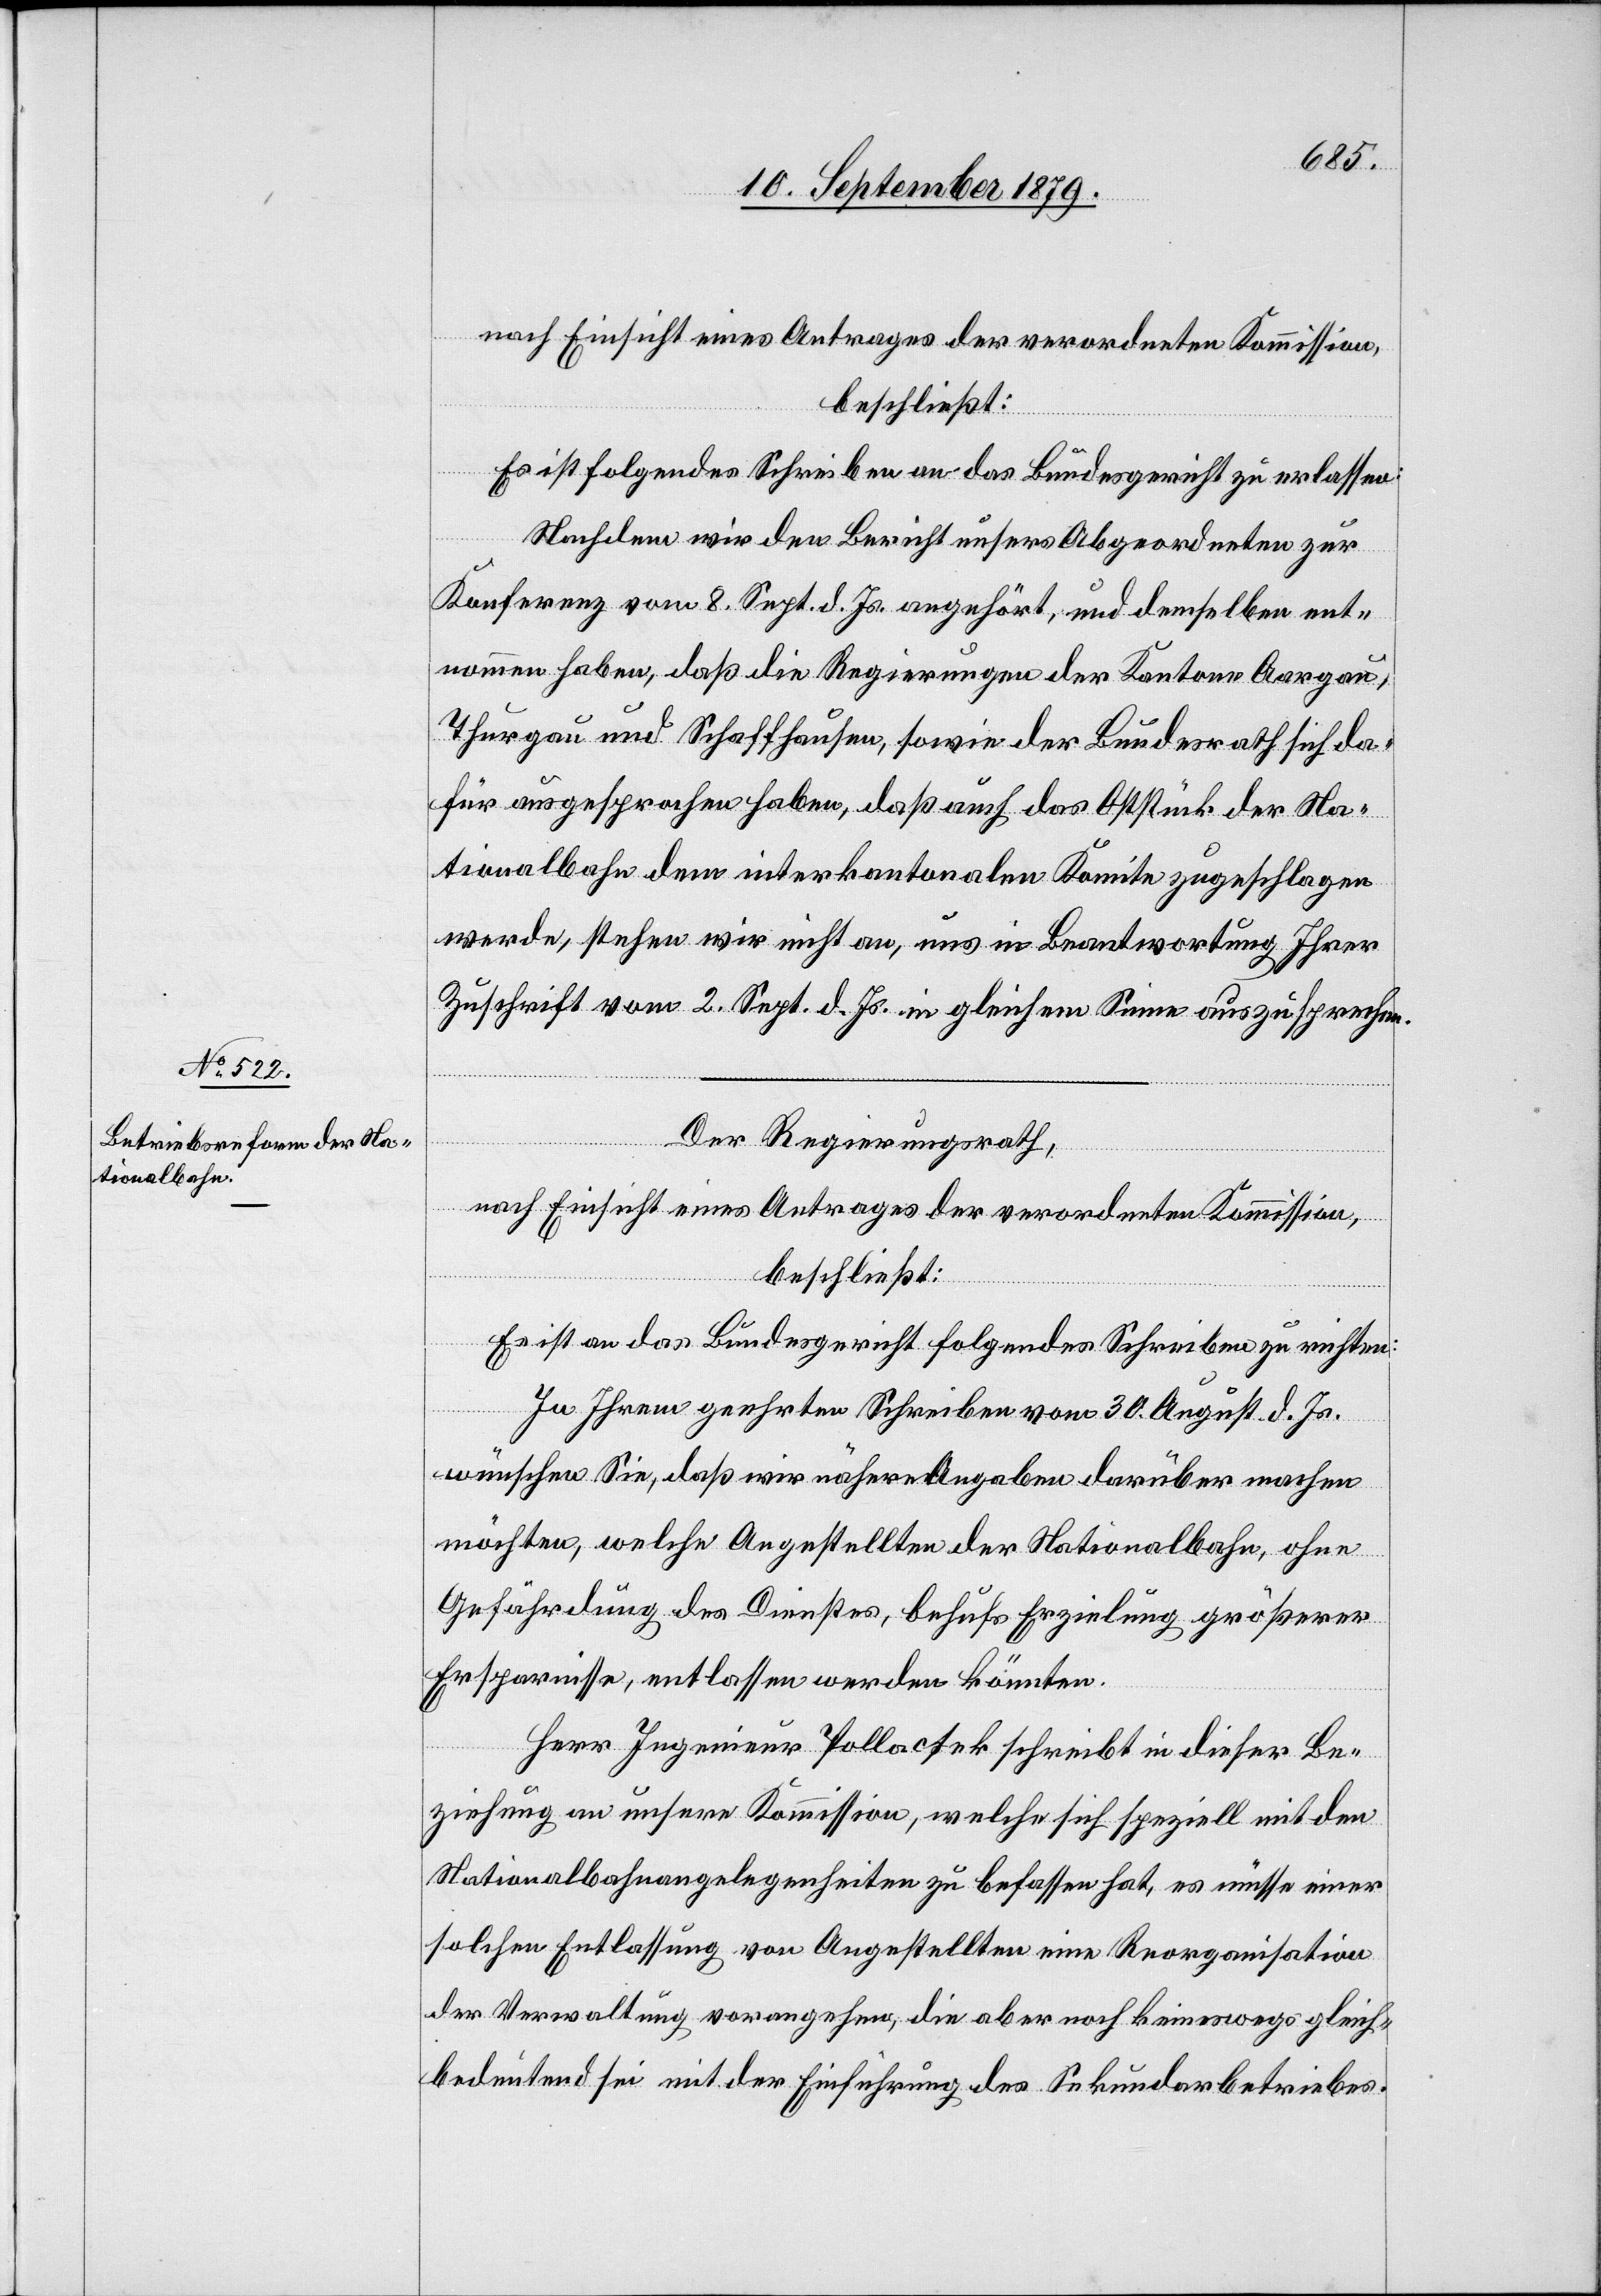
nach Einsicht eines Antrages der verordneten Kommission,
beschließt:
Es ist folgendes Schreiben an das Bundesgericht zu erlassen:
Nachdem wir den Bericht unseres Abgeordneten zur
Konferenz vom 8. Sept. d. Js. angehört, und demselben ent¬
nommen haben, daß die Regierungen der Kantone Aargau,
Thurgau und Schaffhausen, sowie der Bundesrath sich da¬
für ausgesprochen haben, daß auch das Oststück der Na¬
tionalbahn dem interkantonalen Komitee zugeschlagen
werde, stehen wir nicht an, uns in Beantwortung Ihrer
Zuschrift vom 2. Sept. d. Js. in gleichem Sinne auszusprechen.
Der Regierungsrath,
nach Einsicht eines Antrages der verordneten Kommission,
beschließt:
Es ist an das Bundesgericht folgendes Schreiben zu richten:
In Ihrem geehrten Schreiben vom 30. August d. Js.
wünschen Sie, daß wir nähere Angaben darüber machen
möchten, welche Angestellten der Nationalbahn, ohne
Gefährdung des Dienstes, behufs Erzielung größerer
Ersparnisse, entlassen werden könnten.
Herr Ingenieur Pollacsek schreibt in dieser Be¬
ziehung an unsere Kommission, welche sich speziell mit den
Nationalbahnangelegenheiten zu befassen hat, es müsse einer
solchen Entlassung von Angestellten eine Reorganisation
der Verwaltung vorangehen, die aber noch keineswegs gleich¬
bedeutend sei mit der Einführung des Sekundarbetriebes.